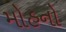
મોહનો